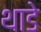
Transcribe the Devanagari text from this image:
थाडे